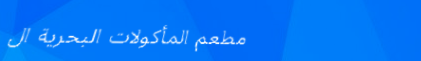
مطعم المأكولات البحرية ال